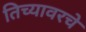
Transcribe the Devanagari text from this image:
तिच्यावरचे